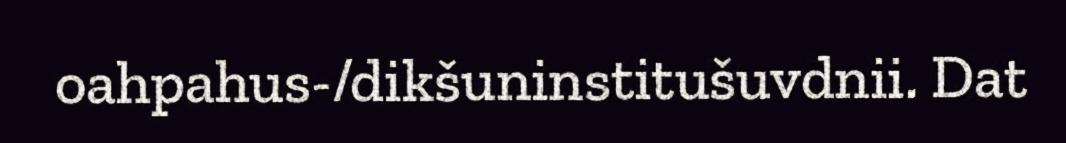
oahpahus-/dikšuninstitušuvdnii. Dat